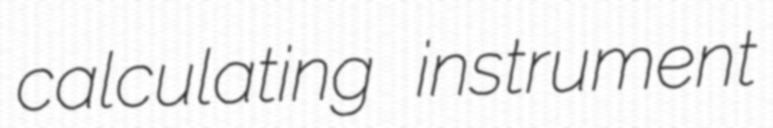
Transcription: calculating instrument